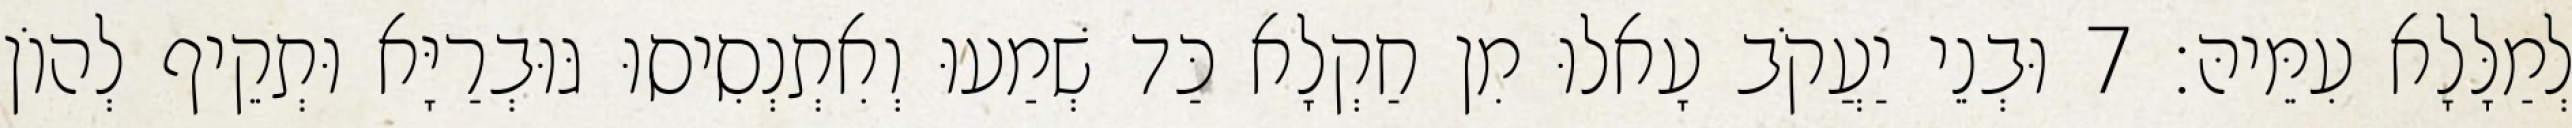
לְמַלָּלָא עִמֵּיהּ׃ 7 וּבְנֵי יַעֲקֹב עָאלוּ מִן חַקְלָא כַּד שְׁמַעוּ וְאִתְנְסִיסוּ גּוּבְרַיָּא וּתְקֵיף לְהוֹן